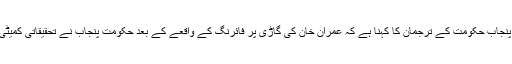
اس حوالے سے پنجاب حکومت کے ترجمان کا کہنا ہے کہ عمران خان کی گاڑی پر فائرنگ کے واقعے کے بعد حکومت پنجاب نے تحقیقاتی کمیٹی قائم کردی ہے۔